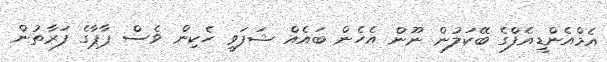
އެމްއެންޑީއެފްގެ ބޭކަލުން ނޫން އެހެން ބައެއް ޝަފަވީ ހެކިން ވެސް ޕާޕާގެ ފަރާތުން